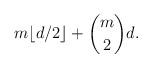
LaTeX: \begin{align*}m \lfloor d/2 \rfloor + \binom{m}{2} d.\end{align*}